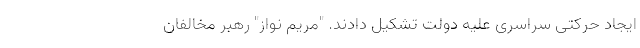
ایجاد حرکتی سراسری علیه دولت تشکیل دادند. "مریم نواز" رهبر مخالفان